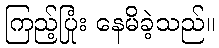
ကြည့်ပြုံး နေမိခဲ့သည်။